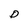
Character: D